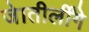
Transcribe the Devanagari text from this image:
जेातीर्लींगे